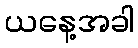
ယနေ့အခါ